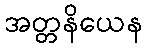
အတ္တနိယေန